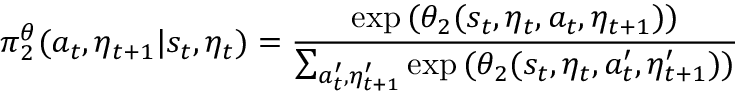
\pi _ { 2 } ^ { \theta } ( a _ { t } , \eta _ { t + 1 } | s _ { t } , \eta _ { t } ) = \frac { \exp { ( \theta _ { 2 } ( s _ { t } , \eta _ { t } , a _ { t } , \eta _ { t + 1 } ) } ) } { \sum _ { a _ { t } ^ { \prime } , \eta _ { t + 1 } ^ { \prime } } \exp { ( \theta _ { 2 } ( s _ { t } , \eta _ { t } , a _ { t } ^ { \prime } , \eta _ { t + 1 } ^ { \prime } ) } ) }